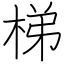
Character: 梯